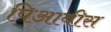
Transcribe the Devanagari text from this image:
पिआवीस